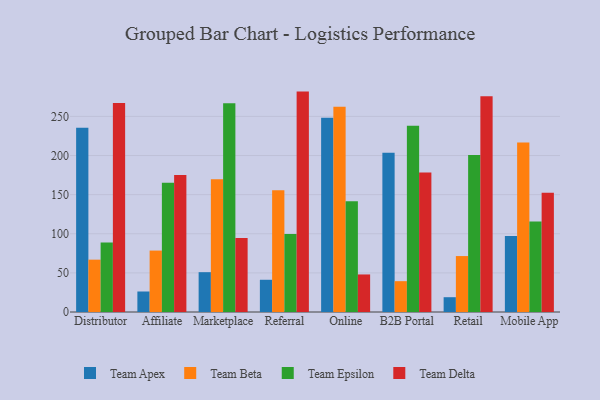
{"axis": {"x": "Channel", "y": "Latency (ms)"}, "legend": ["Team Apex", "Team Beta", "Team Delta", "Team Epsilon"], "data": [{"x": "Distributor", "y": 235.4, "type": "Team Apex"}, {"x": "Distributor", "y": 66.9, "type": "Team Beta"}, {"x": "Distributor", "y": 88.7, "type": "Team Epsilon"}, {"x": "Distributor", "y": 267.0, "type": "Team Delta"}, {"x": "Affiliate", "y": 26.2, "type": "Team Apex"}, {"x": "Affiliate", "y": 78.5, "type": "Team Beta"}, {"x": "Affiliate", "y": 165.1, "type": "Team Epsilon"}, {"x": "Affiliate", "y": 175.0, "type": "Team Delta"}, {"x": "Marketplace", "y": 50.9, "type": "Team Apex"}, {"x": "Marketplace", "y": 169.7, "type": "Team Beta"}, {"x": "Marketplace", "y": 266.7, "type": "Team Epsilon"}, {"x": "Marketplace", "y": 94.6, "type": "Team Delta"}, {"x": "Referral", "y": 41.2, "type": "Team Apex"}, {"x": "Referral", "y": 155.6, "type": "Team Beta"}, {"x": "Referral", "y": 99.6, "type": "Team Epsilon"}, {"x": "Referral", "y": 281.7, "type": "Team Delta"}, {"x": "Online", "y": 248.3, "type": "Team Apex"}, {"x": "Online", "y": 262.4, "type": "Team Beta"}, {"x": "Online", "y": 141.5, "type": "Team Epsilon"}, {"x": "Online", "y": 48.0, "type": "Team Delta"}, {"x": "B2B Portal", "y": 203.5, "type": "Team Apex"}, {"x": "B2B Portal", "y": 39.4, "type": "Team Beta"}, {"x": "B2B Portal", "y": 238.2, "type": "Team Epsilon"}, {"x": "B2B Portal", "y": 178.4, "type": "Team Delta"}, {"x": "Retail", "y": 18.9, "type": "Team Apex"}, {"x": "Retail", "y": 71.5, "type": "Team Beta"}, {"x": "Retail", "y": 200.6, "type": "Team Epsilon"}, {"x": "Retail", "y": 275.6, "type": "Team Delta"}, {"x": "Mobile App", "y": 97.2, "type": "Team Apex"}, {"x": "Mobile App", "y": 216.7, "type": "Team Beta"}, {"x": "Mobile App", "y": 115.7, "type": "Team Epsilon"}, {"x": "Mobile App", "y": 152.3, "type": "Team Delta"}]}